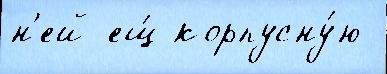
н'ей ещ́ корпусну́ю